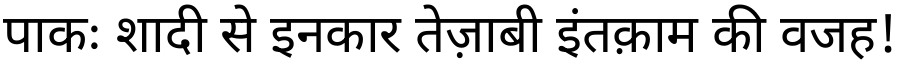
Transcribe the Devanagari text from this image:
पाकः शादी से इनकार तेज़ाबी इंतक़ाम की वजह!